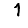
Digit: 1